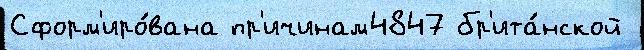
Сформ'иро́вана пр'ичинам4847 бр'ита́нской